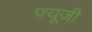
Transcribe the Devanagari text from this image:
फ़्यूजी